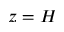
z = H